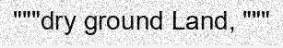
"""dry ground Land, """